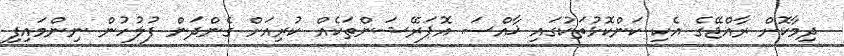
ދިމާކޮށް ރާއްޖޭގެ އެކި ކަންކޮޅުތަކުގައި ޚާއްސަ އޮޕަރޭޝަންތަކެއް ކުރިއަށް ގެންދަން ފުލުހުން ނިންމައިފި